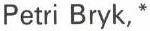
Petri Bryk, *